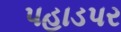
પહાડપર